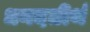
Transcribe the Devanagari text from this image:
धनदतीर्थ